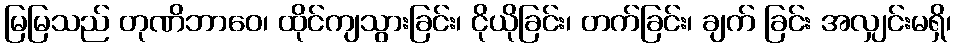
မြမြသည် တုဏိဘာဝေ၊ ထိုင်ကျသွားခြင်း၊ ငိုယိုခြင်း၊ တက်ခြင်း၊ ချက် ခြင်း အလျှင်းမရှိ၊